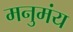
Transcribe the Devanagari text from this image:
मनुमंय